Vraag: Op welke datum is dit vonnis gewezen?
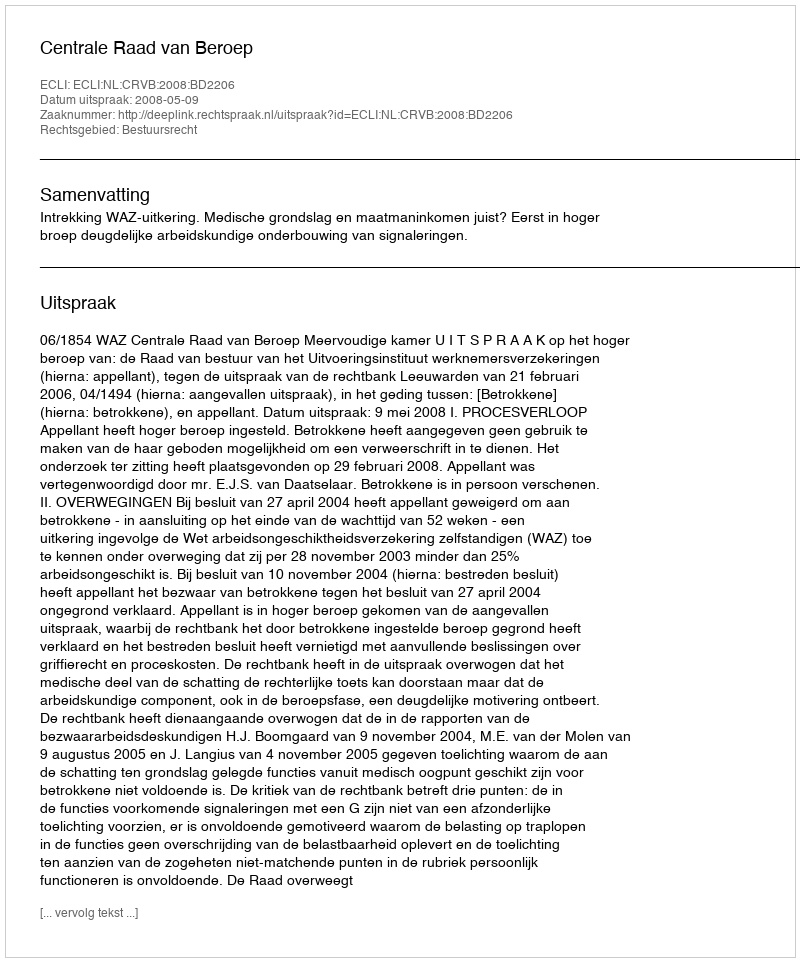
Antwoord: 2008-05-09